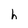
Character: h